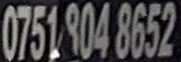
0751 904 8652